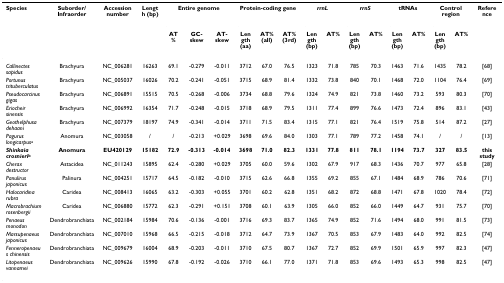
<table><thead><tr><td><b>Species</b></td><td><b>Suborder/Infraorder</b></td><td><b>Accession number</b></td><td><b>Length (bp)</b></td><td colspan="3"><b>Entire genome</b></td><td colspan="3"><b>Protein-coding gene</b></td><td colspan="2"><b><i>rrnL</i></b></td><td colspan="2"><b><i>rrnS</i></b></td><td colspan="2"><b>tRNAs</b></td><td colspan="2"><b>Control region</b></td><td><b>Reference</b></td></tr><tr><td></td><td></td><td></td><td></td><td><b>AT%</b></td><td><b>GC-skew</b></td><td><b>AT-skew</b></td><td><b>Length (aa)</b></td><td><b>AT% (all)</b></td><td><b>AT% (3rd)</b></td><td><b>Length (bp)</b></td><td><b>AT%</b></td><td><b>Length (bp)</b></td><td><b>AT%</b></td><td><b>Length (bp)</b></td><td><b>AT%</b></td><td><b>Length (bp)</b></td><td><b>AT%</b></td><td></td></tr></thead><tbody><tr><td><i>Callinectes sapidus</i></td><td>Brachyura</td><td>NC_006281</td><td>16263</td><td>69.1</td><td>-0.279</td><td>-0.011</td><td>3712</td><td>67.0</td><td>76.5</td><td>1323</td><td>71.8</td><td>785</td><td>70.3</td><td>1463</td><td>71.6</td><td>1435</td><td>78.2</td><td>[68]</td></tr><tr><td><i>Portunus trituberculatus</i></td><td>Brachyura</td><td>NC_005037</td><td>16026</td><td>70.2</td><td>-0.241</td><td>-0.051</td><td>3715</td><td>68.9</td><td>81.4</td><td>1332</td><td>73.8</td><td>840</td><td>70.1</td><td>1468</td><td>72.0</td><td>1104</td><td>76.4</td><td>[69]</td></tr><tr><td><i>Pseudocarcinus gigas</i></td><td>Brachyura</td><td>NC_006891</td><td>15515</td><td>70.5</td><td>-0.268</td><td>-0.006</td><td>3734</td><td>68.8</td><td>79.6</td><td>1324</td><td>74.9</td><td>821</td><td>73.8</td><td>1460</td><td>73.2</td><td>593</td><td>80.3</td><td>[70]</td></tr><tr><td><i>Eriocheir sinensis</i></td><td>Brachyura</td><td>NC_006992</td><td>16354</td><td>71.7</td><td>-0.248</td><td>-0.015</td><td>3718</td><td>68.9</td><td>79.5</td><td>1311</td><td>77.4</td><td>899</td><td>76.6</td><td>1473</td><td>72.4</td><td>896</td><td>83.1</td><td>[43]</td></tr><tr><td><i>Geothelphusa dehaani</i></td><td>Brachyura</td><td>NC_007379</td><td>18197</td><td>74.9</td><td>-0.341</td><td>-0.014</td><td>3711</td><td>71.5</td><td>83.4</td><td>1315</td><td>77.1</td><td>821</td><td>76.4</td><td>1519</td><td>75.8</td><td>514</td><td>87.2</td><td>[27]</td></tr><tr><td><i>Pagurus longicarpus</i><sup>a</sup></td><td>Anomura</td><td>NC_003058</td><td>/</td><td>/</td><td>-0.213</td><td>+0.029</td><td>3698</td><td>69.6</td><td>84.0</td><td>1303</td><td>77.1</td><td>789</td><td>77.2</td><td>1458</td><td>74.1</td><td>/</td><td>/</td><td>[13]</td></tr><tr><td><b><i>Shinkaia crosnieri</i><sup>b</sup></b></td><td><b>Anomura</b></td><td><b>EU420129</b></td><td><b>15182</b></td><td><b>72.9</b></td><td><b>-0.313</b></td><td><b>-0.014</b></td><td><b>3698</b></td><td><b>71.0</b></td><td><b>82.3</b></td><td><b>1331</b></td><td><b>77.8</b></td><td><b>811</b></td><td><b>78.1</b></td><td><b>1194</b></td><td><b>73.7</b></td><td><b>327</b></td><td><b>83.5</b></td><td><b>this study</b></td></tr><tr><td><i>Cherax destructor</i></td><td>Astacidea</td><td>NC_011243</td><td>15895</td><td>62.4</td><td>-0.280</td><td>+0.029</td><td>3705</td><td>60.0</td><td>59.6</td><td>1302</td><td>67.9</td><td>917</td><td>68.3</td><td>1436</td><td>70.7</td><td>977</td><td>65.8</td><td>[28]</td></tr><tr><td><i>Panulirus japonicus</i></td><td>Palinura</td><td>NC_004251</td><td>15717</td><td>64.5</td><td>-0.182</td><td>-0.010</td><td>3715</td><td>62.6</td><td>66.8</td><td>1355</td><td>69.2</td><td>855</td><td>67.1</td><td>1484</td><td>68.9</td><td>786</td><td>70.6</td><td>[71]</td></tr><tr><td><i>Halocaridina rubra</i></td><td>Caridea</td><td>NC_008413</td><td>16065</td><td>63.2</td><td>-0.303</td><td>+0.055</td><td>3701</td><td>60.2</td><td>62.8</td><td>1351</td><td>68.2</td><td>872</td><td>68.8</td><td>1471</td><td>67.8</td><td>1020</td><td>78.4</td><td>[72]</td></tr><tr><td><i>Macrobrachium rosenbergii</i></td><td>Caridea</td><td>NC_006880</td><td>15772</td><td>62.3</td><td>-0.291</td><td>+0.151</td><td>3708</td><td>60.1</td><td>63.9</td><td>1305</td><td>66.0</td><td>852</td><td>66.0</td><td>1449</td><td>64.7</td><td>931</td><td>75.7</td><td>[70]</td></tr><tr><td><i>Penaeus monodon</i></td><td>Dendrobranchiata</td><td>NC_002184</td><td>15984</td><td>70.6</td><td>-0.136</td><td>-0.001</td><td>3716</td><td>69.3</td><td>83.7</td><td>1365</td><td>74.9</td><td>852</td><td>71.6</td><td>1494</td><td>68.0</td><td>991</td><td>81.5</td><td>[73]</td></tr><tr><td><i>Marsupenaeus japonicus</i></td><td>Dendrobranchiata</td><td>NC_007010</td><td>15968</td><td>66.5</td><td>-0.215</td><td>-0.018</td><td>3712</td><td>64.7</td><td>73.9</td><td>1367</td><td>70.5</td><td>853</td><td>67.9</td><td>1483</td><td>64.0</td><td>992</td><td>82.5</td><td>[74]</td></tr><tr><td><i>Fenneropenaeus chinensis</i></td><td>Dendrobranchiata</td><td>NC_009679</td><td>16004</td><td>68.9</td><td>-0.203</td><td>-0.011</td><td>3710</td><td>67.5</td><td>80.7</td><td>1367</td><td>72.7</td><td>852</td><td>69.9</td><td>1501</td><td>65.9</td><td>997</td><td>82.3</td><td>[47]</td></tr><tr><td><i>Litopenaeus vannamei</i></td><td>Dendrobranchiata</td><td>NC_009626</td><td>15990</td><td>67.8</td><td>-0.192</td><td>-0.026</td><td>3710</td><td>66.1</td><td>77.0</td><td>1371</td><td>71.8</td><td>853</td><td>69.6</td><td>1493</td><td>65.3</td><td>998</td><td>82.5</td><td>[47]</td></tr></tbody></table>